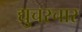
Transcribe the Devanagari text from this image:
द्युचरचार